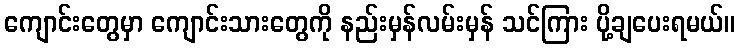
ကျောင်းတွေမှာ ကျောင်းသားတွေကို နည်းမှန်လမ်းမှန် သင်ကြား ပို့ချပေးရမယ်။